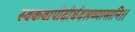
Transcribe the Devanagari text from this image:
स्वकवापीदीर्घदलव्यासानि।।